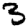
Digit: 3